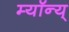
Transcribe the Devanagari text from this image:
म्यॉन्य्